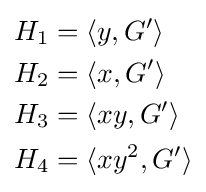
{\begin{aligned}H_{1}&=\langle y,G'\rangle \\H_{2}&=\langle x,G'\rangle \\H_{3}&=\langle xy,G'\rangle \\H_{4}&=\langle xy^{2},G'\rangle \\\end{aligned}}